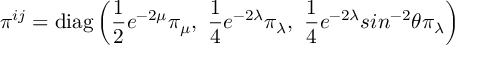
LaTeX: \pi ^ { i j } = \mathrm { d i a g } \left( \frac { 1 } { 2 } e ^ { - 2 \mu } \pi _ { \mu } , ~ \frac { 1 } { 4 } e ^ { - 2 \lambda } \pi _ { \lambda } , ~ \frac { 1 } { 4 } e ^ { - 2 \lambda } s i n ^ { - 2 } \theta \pi _ { \lambda } \right)